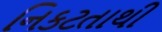
નિકટતાથી